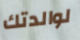
لوالدتك